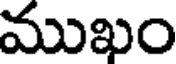
ముఖం